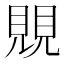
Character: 覞